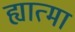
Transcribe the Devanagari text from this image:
ह्यात्मा